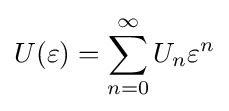
U(\varepsilon )=\sum _{n=0}^{\infty }U_{n}\varepsilon ^{n}